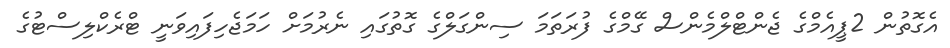
އެގޮތުން 2ޕީއެމްގެ ޖެންޓްލްމެންސް ގޭމްގެ ފުރަތަމަ ސިންގަލްގެ ގޮތުގައި ނެރުމަށް ހަމަޖެހިފައިވަނީ ޓްރެކްލިސްޓުގެ